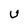
Character: U